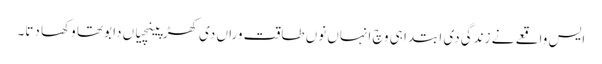
ایس واقعے نے زندگی دی ابتدا ہی وچ انہاں نوں طاقت وراں دی کھڑپینچیاں دا بوتھا وکھا دتا۔